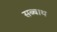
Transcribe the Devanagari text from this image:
सब्‍बाथ